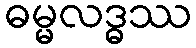
ဓမ္မလဒ္ဓဿ